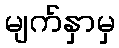
မျက်နှာမှ